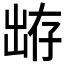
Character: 𰄕